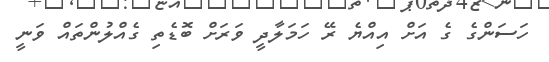
ހަސަންގެ ގެ އަށް އިއްޔެ ރޭ ހަމަލާދީ ވަރަށް ބޮޑެތި ގެއްލުންތައް ވަނީ